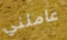
عاملني